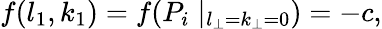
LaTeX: f(l_{1},k_{1})=f(P_{i}\mid_{l_{\perp}=k_{\perp}=0})=-c,